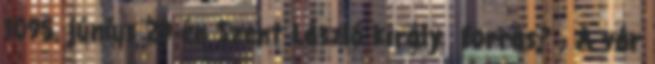
1095. június 29-én Szent László király forrás? . A vár